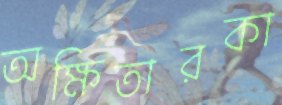
অক্ষিতারকা